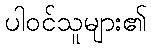
ပါဝင်သူများ၏